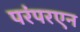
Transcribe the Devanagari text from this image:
परंपरएन